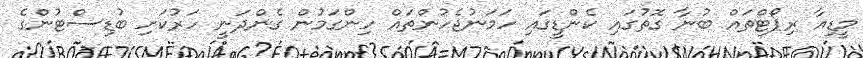
މީޑިއާ ރިޕޯޓްތައް ބުނާ ގޮތުގައި ކެންޑީގައި ހަމަނުޖެހުންތައް ހިންގަމުން ގެންދަނީ ހަރުކަށި ބުޑިސްޓުންގެ